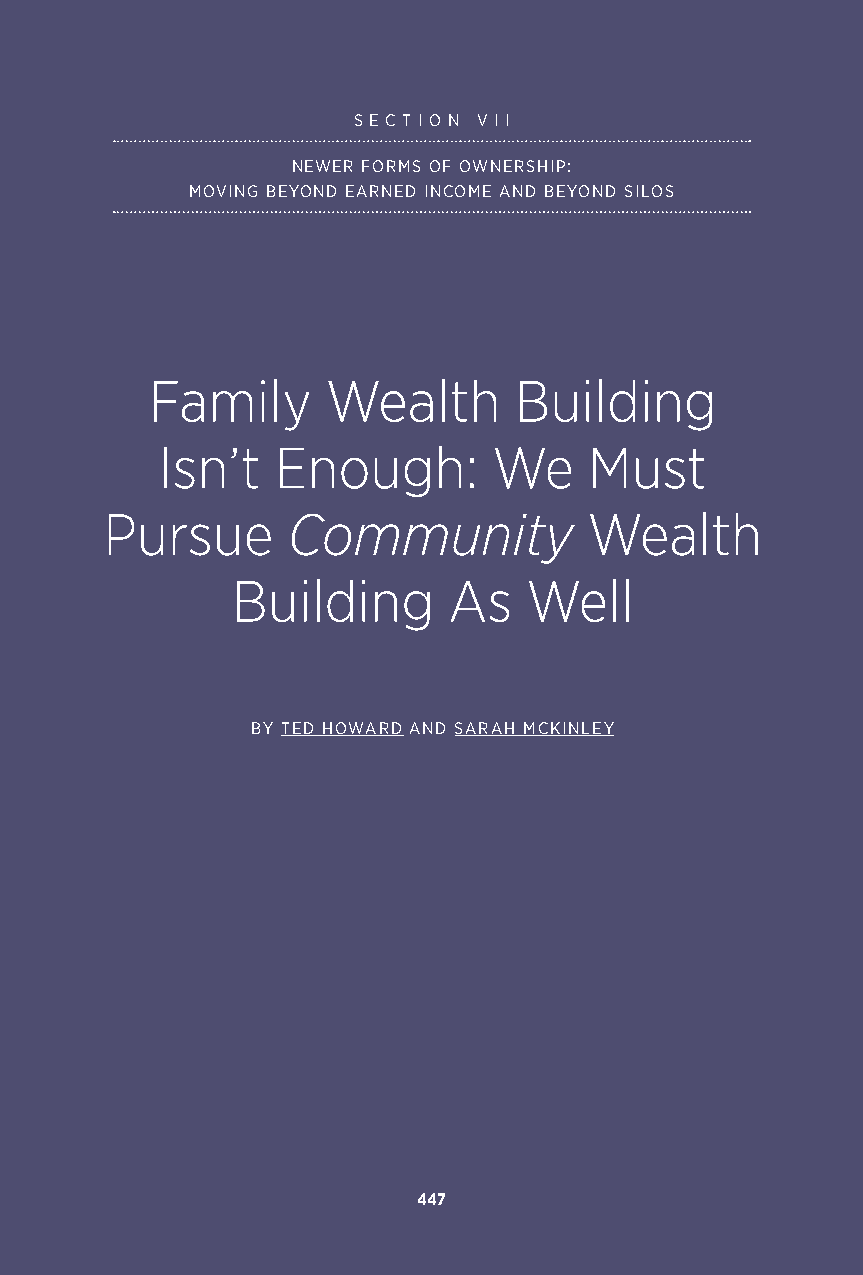
S E C T I O N V I I
 NEWER FORMS OF OWNERSHIP:
 MOVING BEYOND EARNED INCOME AND BEYOND SILOS
 Family      Wealth      Building
 Isn’t   Enough:        We    Must
 Pursue      Community           Wealth
 Building       As   Well
 BY TED HOWARD AND SARAH MCKINLEY
 447